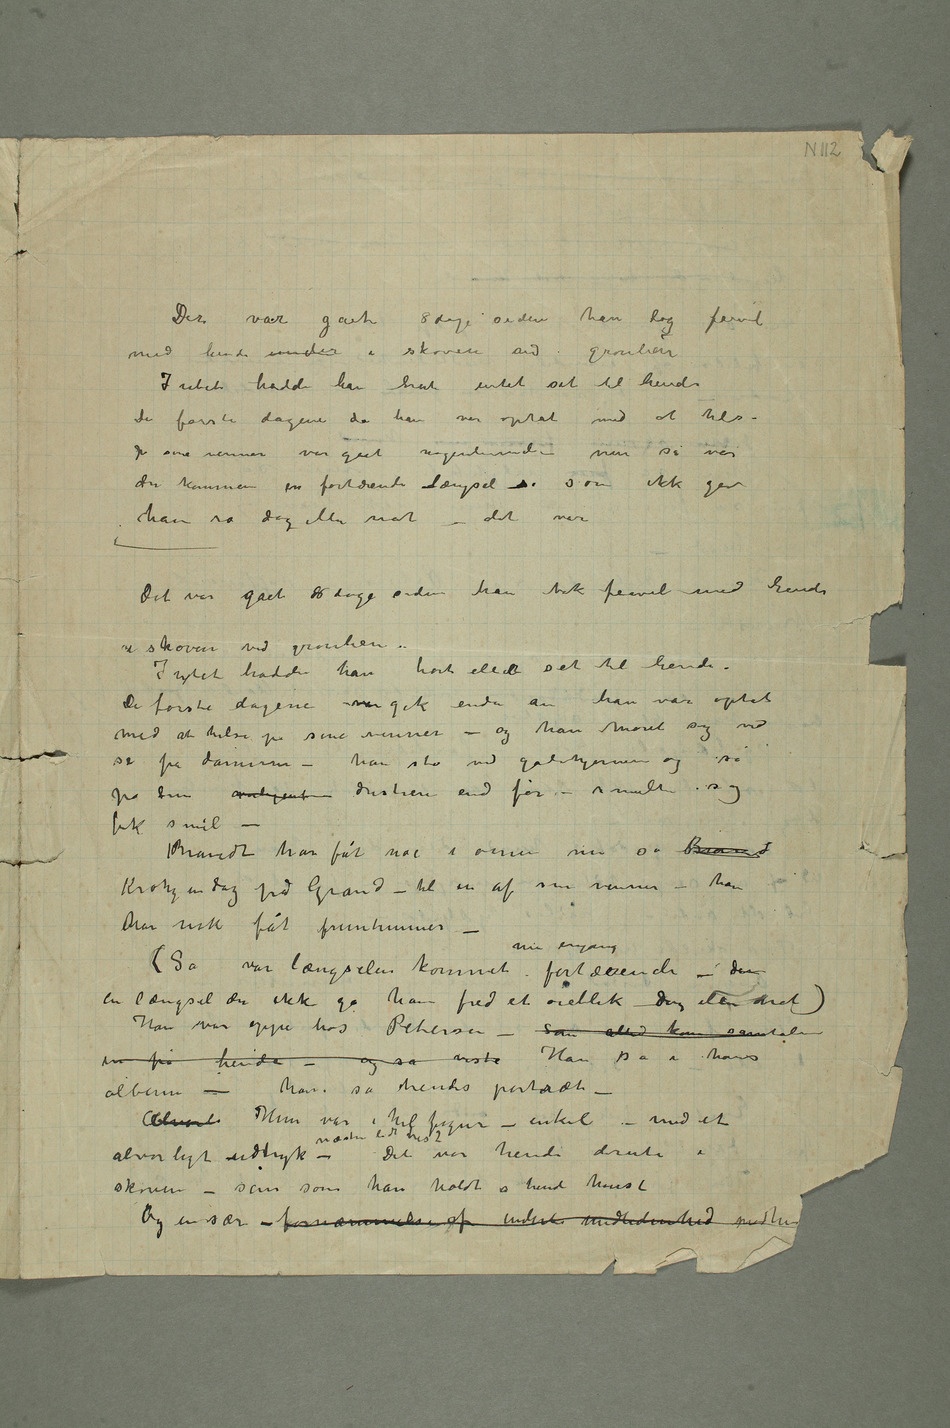
Der var gået 8 dage siden han tog farvel
med hende under i skoven ved grønlien
Intet hadde han hørtintet set til hende
De første dagene da han var optat med at hilse på sine
var gået nogenlunde – men så var
der kommen en fortærende længsel s som ikke gav
ham ro dag eller nat – det var
Det var gået 8 dage siden han tok farvel med hende
i skoven ved grønlien –
Intet hadde han hørt eller set til hende.
De første dagene var gik enda anhan var optat
med at hilse på sine venner – og han moret sig ved
se på damerne – han sto ved gatehjørnene og så
på dem overlegent dristiere end før – smilte og
fik smil –
Brandt har fåt noe i øinene sier så Brandt
Krohg en dag på Grand – til en af sine venner – han
har nok fåt fruntimmer –
(Så var længselen kommet me engang fortærende – den
en længsel der ikke ga ham fred et øieblik – dag eller nat)
Han var oppe hos Petersen – som altid kom samtalen
in på hende – og så viste Han så i hans
album – han så hendes portræt
– Album Hun var i helfigur – enkel – med et
alvorligt udtryk – næsten lidt trist Det var hende derute i
skoven – sån som han holdt a hende høiest